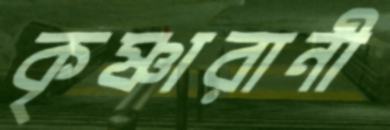
কৃষ্ণারানী